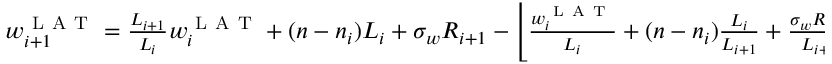
\begin{array} { r } { w _ { i + 1 } ^ { \mathrm { ~ L ~ A ~ T ~ } } = \frac { L _ { i + 1 } } { L _ { i } } w _ { i } ^ { \mathrm { ~ L ~ A ~ T ~ } } + ( n - n _ { i } ) L _ { i } + \sigma _ { w } R _ { i + 1 } - \left\lfloor \frac { w _ { i } ^ { \mathrm { ~ L ~ A ~ T ~ } } } { L _ { i } } + ( n - n _ { i } ) \frac { L _ { i } } { L _ { i + 1 } } + \frac { \sigma _ { w } R _ { i + 1 } } { L _ { i + 1 } } + \frac { 1 } { 2 } \right\rfloor L _ { i + 1 } \, , } \end{array}